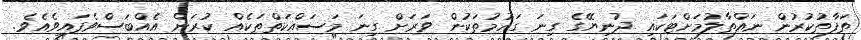
ތަފާތުކުރުން ނައްތާލުމަށްޓަކައި ދުނިޔޭގެ ގިނަ ގައުމުތަކުން ވަރަށް ގިނަ މަސައްކަތްތަކެއް ކުރަން އެއްބަސްވެފައިވެއެވެ.